Vital statistics of India. Vol. IV, Annual returns from 1871 to 1876. British Army of India, Native Army and jails of Bengal
Year: 1871
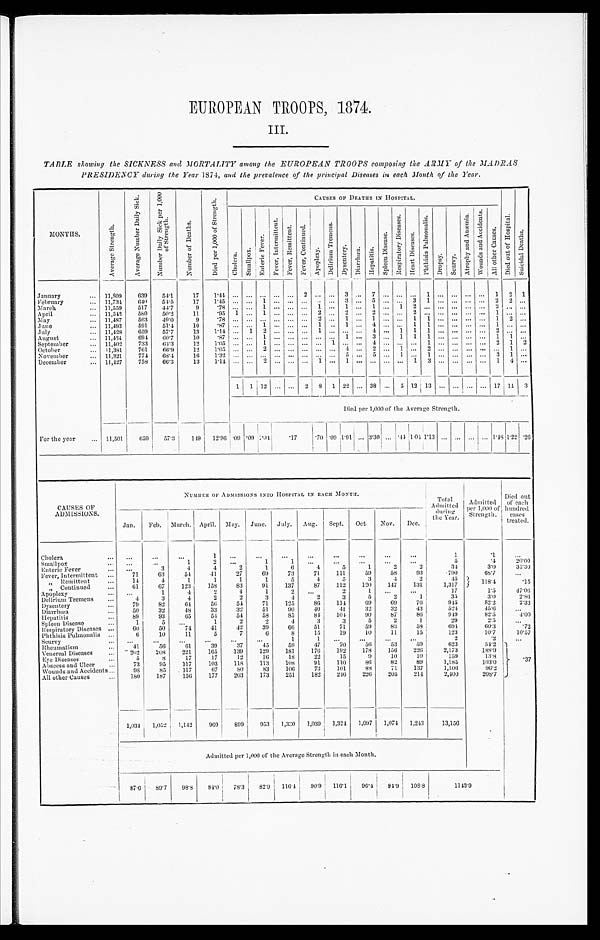
EUROPEAN TROOPS, 1874.
III.
TABLE showing the SICKNESS and MORTALITY among the EUROPEAN TROOPS composing the ARMY of the MADRAS
PRESIDENCY during the Year 1874, and the prevalence of the principal Diseases in each Month of the Year.
MONTHS.
A v e r a g e S t r e n g t h .
A v e r a g e N u m b e r D a i l y S i c k .
N u m b e r D a i l y S i c k p e r 1 , 0 0 0 o f S t r e n g t h .
N u m b e r o f D e a t h s .
D i e d p e r 1 , 0 0 0 o f S t r e n g t h .
CAUSES OF DEATHS IN HOSPITAL.
D i e d o u t o f H o s p i t a l .
S u i c i d a l D e a t h s .
C h o l e r a .
S m a l l p o x .
E n t e r i e F e v e r .
F e v e r , I n t e r m i t t e n t .
F e v e r , R e m i t t e n t .
F e v e r , C o n t i n u e d .
A p o p l e x y .
D e l i r i u m T r e m e n s .
D y s e n t e r y .
D i a r r h œ a .
H e p a t i t i s .
S p l e e n D i s e a s e .
R e s p i r a t o r y D i s e a s e s .
H e a r t D i s e a s e s .
P h t h i s i s P u l m o n a l i s .
D r o p s y . S c u r v y .
A t r o p h y a n d A n æ m i a . W o u n d s a n d A c c i d e n t s .
A l l o t h e r C a u s e s .
January . . . 11,809
639
54.1
1 7
1 . 4 4
. . . . . . . . .
. . . . . .
2
. . .
. . .
3
. . .
7
. . .
. . .
. . .
1
. . .
. . .
. . .
. . .
1
2
1
February . . . 11,734
640
54.5
1 7
1 . 4 5
. . . . . . 1
. . . . . .
. . .
. . .
. . .
3
. . .
5
. . .
. . .
3
1
. . .
. . .
. . .
. . .
2
2
. . .
March . . . 11,559
517
44.7
9
. 7 8
. . . . . . 1
. . . . . .
. . .
1
. . .
1
. . .
1
. . .
1
2
. . .
. . .
. . .
. . .
. . .
2
. . .
. . .
April . . . 11,542
580
50.2
11
.95 1 . . . 1 . . . . . .
. . .
2
. . .
2
. . .
2
. . .
. . .
2
. . .
. . .
. . .
. . .
. . .
1
. . .
. . .
May . . . 11,487
563
49.0
9
. 7 8
. . . . . .
. . .
. . . . . .
. . .
2
. . .
1
. . .
1
. . .
. . .
1
1
. . .
. . .
. . .
. . .
1
2
. . .
June . . . 11,493
591
51.4
10
. 8 7
. . . . . .
1
. . . . . .
. . .
1
. . .
1
. . .
4
. . .
. . .
1
1
. . .
. . .
. . .
. . .
1
. . .
. . .
July . . . 11,428
659
57.7
13
1.14
. . . 1 2 . . . . . . . . . 1 . . .
. . .
. . . 4 . . . 1 1 1 . . . . . . . . . . . . 2
. . . . . .
August . . . 11,434
694
60.7
10
. 8 7
. . .
. . .
1
. . .
. . .
. . .
. . . . . .
1
. . .
3
. . .
1
1
1
. . .
. . .
. . .
. . .
1
1
. . .
September . . . 11,402
733
64.3
1 2
1 . 0 5
. . .
. . .
1
. . .
. . .
. . .
. . . 1
. . .
. . .
4
. . .
. . .
. . .
1
. . .
. . .
. . .
. . .
2
1
2
October . . . 11,381
761
66.9
1 2 .
1 . 0 5
. . .
. . .
2
. . .
. . .
. . .
. . . . . .
4
. . .
2
. . .
1
. . .
2
. . .
. . . . . . . . .
. . .
1
. . .
November . . . 11,321
774
68.4
1 6
1 . 3 2
. . .
. . .
. . .
. . .
. . .
. . .
. . . . . .
5
. . .
5
. . .
1
. . .
1
. . .
. . .
. . .
. . .
3
1
. . .
December . . . 11,427
758
66.3
1 3
1 . 1 4
. . .
. . .
2
. . .
. . .
. . .
1 . . .
1
. . .
. . .
. . .
. . .
1
3
. . .
. . .
. . .
. . .
1
4
. . .
1
1
1 2 . . .
. . .
2
8
1
22
. . . 38 . . . 5 12 13
. . .
. . .
. . . . . . 17
1 4 3
Died per 1,000 of the Average Strength.
For the year . . . 11,501
659
57.3
149
12.96 .09 .09 1.04
.17
.70 .09 1.91 . . . 3.:30 . . .
. 4 4 1.04 1.13 . . . . . . . . . . . . 1.48 1.22 .26
CAUSES OF
ADMISSIONS.
NUMBER OF ADMISSIONS INTO HOSPITAL IN EACH MONTH.
Total
A d m i t t e d d u r i n g t h e y e a r .
Admitted
p e r 1 , 0 0 0 o f
Strength.
Died out
of each
hundred
cases
treated.
Jan.
Feb. March. April. May. June. July.
Aug.
Sept.
Oct.
Nov.
Dec.
Cholera . . .
. . .
. . .
. . .
1
. . .
. . .
. . .
. . .
. . .
. . .
. . .
. . .
1
.1
. . .
Smallpox . . .
. . .
. . .
1
2
. . .
1
1
. . .
. . .
. . .
. . .
. . .
5
.4
20.00
Enteric Fever . . .
. . .
3
4
4
2
1
6
4
5
1
2
2
31
3.0
35.30
Fever, Intermittent . . .
71
63
54
41
27
69
7.3
71
111
59
58
93
.790
68.7
. . .
" R e m i t t e n t . . .
14
4
1
1
1
1
5
4
5
3
4
2
45
1 1 8 . 4
. 1 5
" C o n t i n u e d . . .
61
67
123
158
83
91
137
87
112
120
147
131
1,317
A p o p l e x y . . .
. . .
1
4
2
4
1
2
. . .
2
1
. . .
. . .
17
1.5
47.06
Delirium Tremens . . .
4
3
4
2
2
3
4
2
3
5
2
1
35
3 . 0
2.86
Dysentery . . .
79
82
64
56
54
71
125
80
114
69
69
76
945
82.2
2.33
Diarrhœa . . .
50
32
48
33
32
51
90
40
4 1
32
32
43
524
45.6
. . .
Hepatitis . . .
89
93
65
54
54
58
85
84
104
90
87
86
949
82.5
4.00
Spleen Disease . . .
1
5
. . .
1
2
2
4
3
3
5
2
1
29
2 . 5
. . .
Respiratory Diseases . . .
6 0
50
74
41
42
39
66
51
71
59
83
58
6 9 4
60.3
.72
Plitlilsis Pulmonalis . . .
6
10
11
5
7
6
8
15
19
10
11
15
123
10.7
10.57
Scurvy . . .
. . .
. . .
. . .
. . .
. . .
. . .
1
1
. . .
. . .
. . .
. . .
2
. 2
. . .
Rheumatism . . .
41
56
61
39
37
45
59
.7
70
56
53
59
623
54.2
.37
Venereal Diseases . . .
2 0 2
208
221
165
139
129
181
176
192
178
156
226
2,173
188.9
Eye Diseases . . .
5
8
17
17
12
16
18
22
15
9
10
10
159
13.8
Abscess and Ulcer . . .
73
95
117
103
118
111
108
91
110
86
82
89
1,185
103.0
Wounds and Accidents . . .
98
85
117
67
8O
83
106
73
101
88
71
137
1,106
96.2
All other Causes . . .
180
187
156
177
203
173
251
182
246
226
205
214
2,400
208.7
1,034
1,052
1,142
969
899
953
1,330
1,039
1,324
1,097
1,074 1,243
13,156
Admitted per 1,000 or the Average Strength in each Month.
87.6
89.7
98.8
84.0 78.3
82.9
1 1 6 . 4
90.9 116.1
96.4
94.9
108.8
1143.9